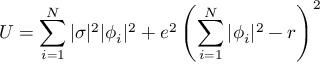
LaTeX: U = \sum _ { i = 1 } ^ { N } | \sigma | ^ { 2 } | \phi _ { i } | ^ { 2 } + e ^ { 2 } \left( \sum _ { i = 1 } ^ { N } | \phi _ { i } | ^ { 2 } - r \right) ^ { 2 }